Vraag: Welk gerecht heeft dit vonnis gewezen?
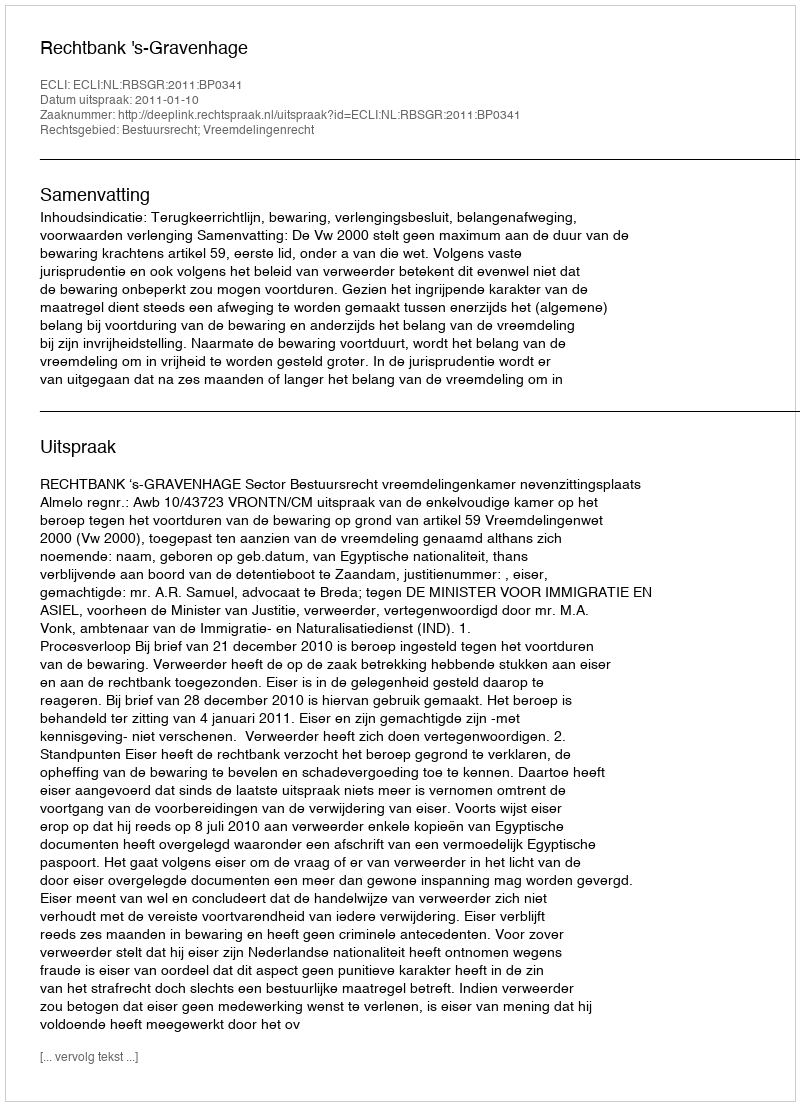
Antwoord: Rechtbank 's-Gravenhage